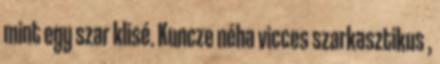
mint egy szar klisé. Kuncze néha vicces szarkasztikus ,